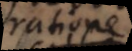
ratione